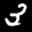
Label: 3